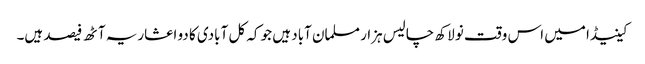
کینیڈا میں اس وقت نو لاکھ چالیس ہزار مسلمان آباد ہیں جو کہ کل آبادی کا دو اعشاریہ آٹھ فیصد ہیں۔